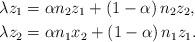
LaTeX: \begin{align*}\lambda z_{1} & =\alpha n_{2}z_{1}+\left( 1-\alpha\right) n_{2}z_{2},\\\lambda z_{2} & =\alpha n_{1}x_{2}+\left( 1-\alpha\right) n_{1}z_{1}.\end{align*}